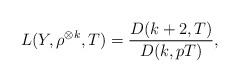
LaTeX: \begin{align*} L(Y, \rho^{\otimes k}, T) = \frac{D(k+2, T)}{D(k, pT)} , \end{align*}